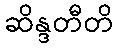
ဆိန္ဒတီတိ